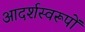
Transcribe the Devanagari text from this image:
आदर्शस्वरूपों